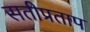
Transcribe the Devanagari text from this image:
सतीप्रताप